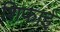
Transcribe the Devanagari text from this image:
शिफाई